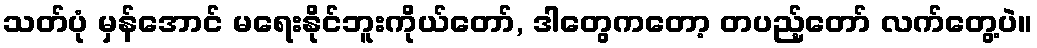
သတ်ပုံ မှန်အောင် မရေးနိုင်ဘူးကိုယ်တော်, ဒါတွေကတော့ တပည့်တော် လက်တွေ့ပဲ။